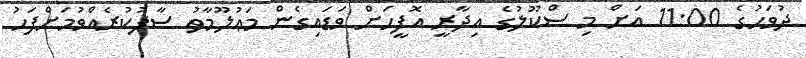
ދުވަހުގެ 11:00 އަށް މި ސްކޫލުގެ އިދާރީ އޮފީހަށް ވަޑައިގެން މަޢުލޫމާތު ސާފުކުރެއްވުމަށްފަހު